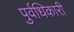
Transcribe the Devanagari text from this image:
पुर्वधिकारी